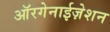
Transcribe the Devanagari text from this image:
ऑरगेनाईज़ेशन